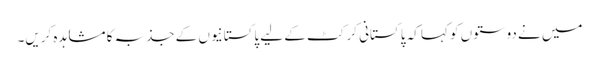
میں نے دوستوں کو کہا کہ پاکستانی کرکٹ کے لیے پاکستانیوں کے جذبہ کا مشاہدہ کریں۔